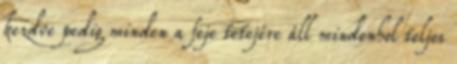
kezdve pedig minden a feje tetejére áll mindenhol teljes